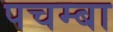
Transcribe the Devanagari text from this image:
पचम्बा